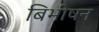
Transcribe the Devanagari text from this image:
बिभीषन